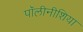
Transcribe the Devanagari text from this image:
पॉलीनीशिया